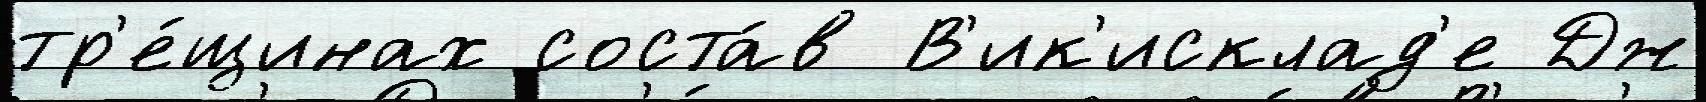
тр'е́щинах соста́в В'ик'исклад'е Дж